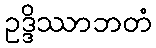
ဥဒ္ဒိဿာဘတံ